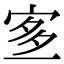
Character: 𡨆